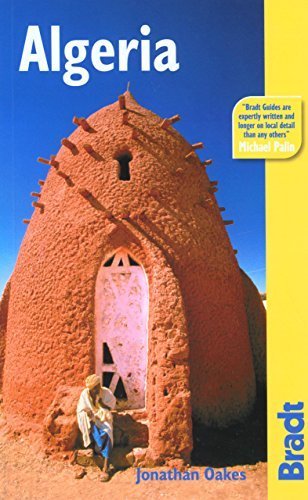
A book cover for Algeria (Bradt Travel Guides) by Oakes, Jonathan (2008) Paperback; Travel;